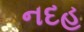
નદહ